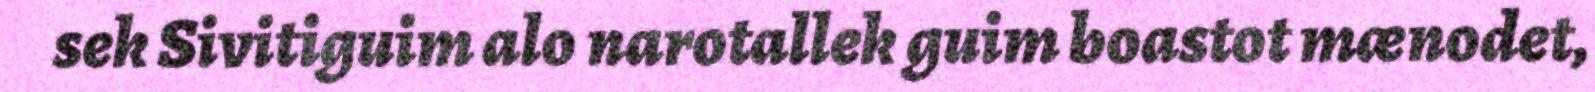
sek Sivitiguim alo narotallek guim boastot mænodet,